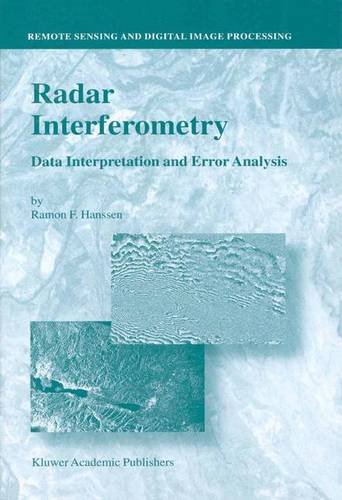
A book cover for Radar Interferometry: Data Interpretation and Error Analysis (Remote Sensing and Digital Image Processing) (v. 2); Ramon F. Hanssen; Science & Math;